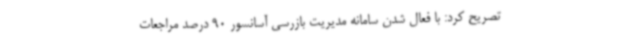
تصریح کرد: با فعال شدن سامانه مدیریت بازرسی آسانسور 90 درصد مراجعات